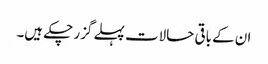
ان کے باقی حالات پہلے گزر چکے ہیں۔